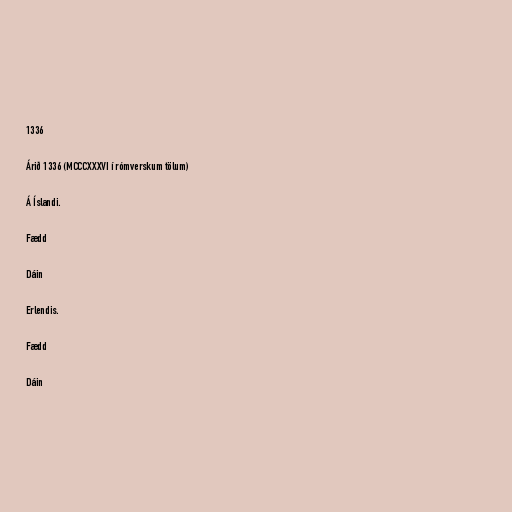
1336

Árið 1336 (MCCCXXXVI í rómverskum tölum)

Á Íslandi.

Fædd

Dáin

Erlendis.

Fædd

Dáin